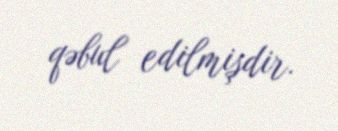
qəbul edilmişdir.